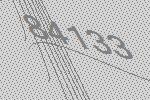
84133